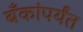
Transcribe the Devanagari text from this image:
बँकांपर्यंत